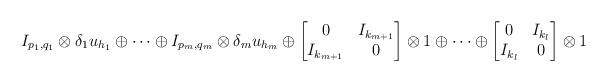
LaTeX: \begin{align*}I_{p_1,q_1}\otimes\delta_1 u_{h_1}\oplus\cdots\oplus I_{p_m,q_m}\otimes\delta_m u_{h_m}\oplus\begin{bmatrix}0&I_{k_{m+1}}\\I_{k_{m+1}}&0\end{bmatrix}\otimes 1\oplus\cdots\oplus\begin{bmatrix}0&I_{k_l}\\I_{k_l}&0\end{bmatrix}\otimes 1\end{align*}